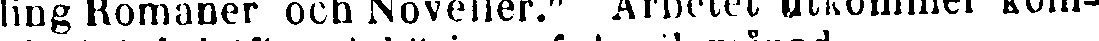
ling Romaner och Noveller." Arbetet utkommer kom-